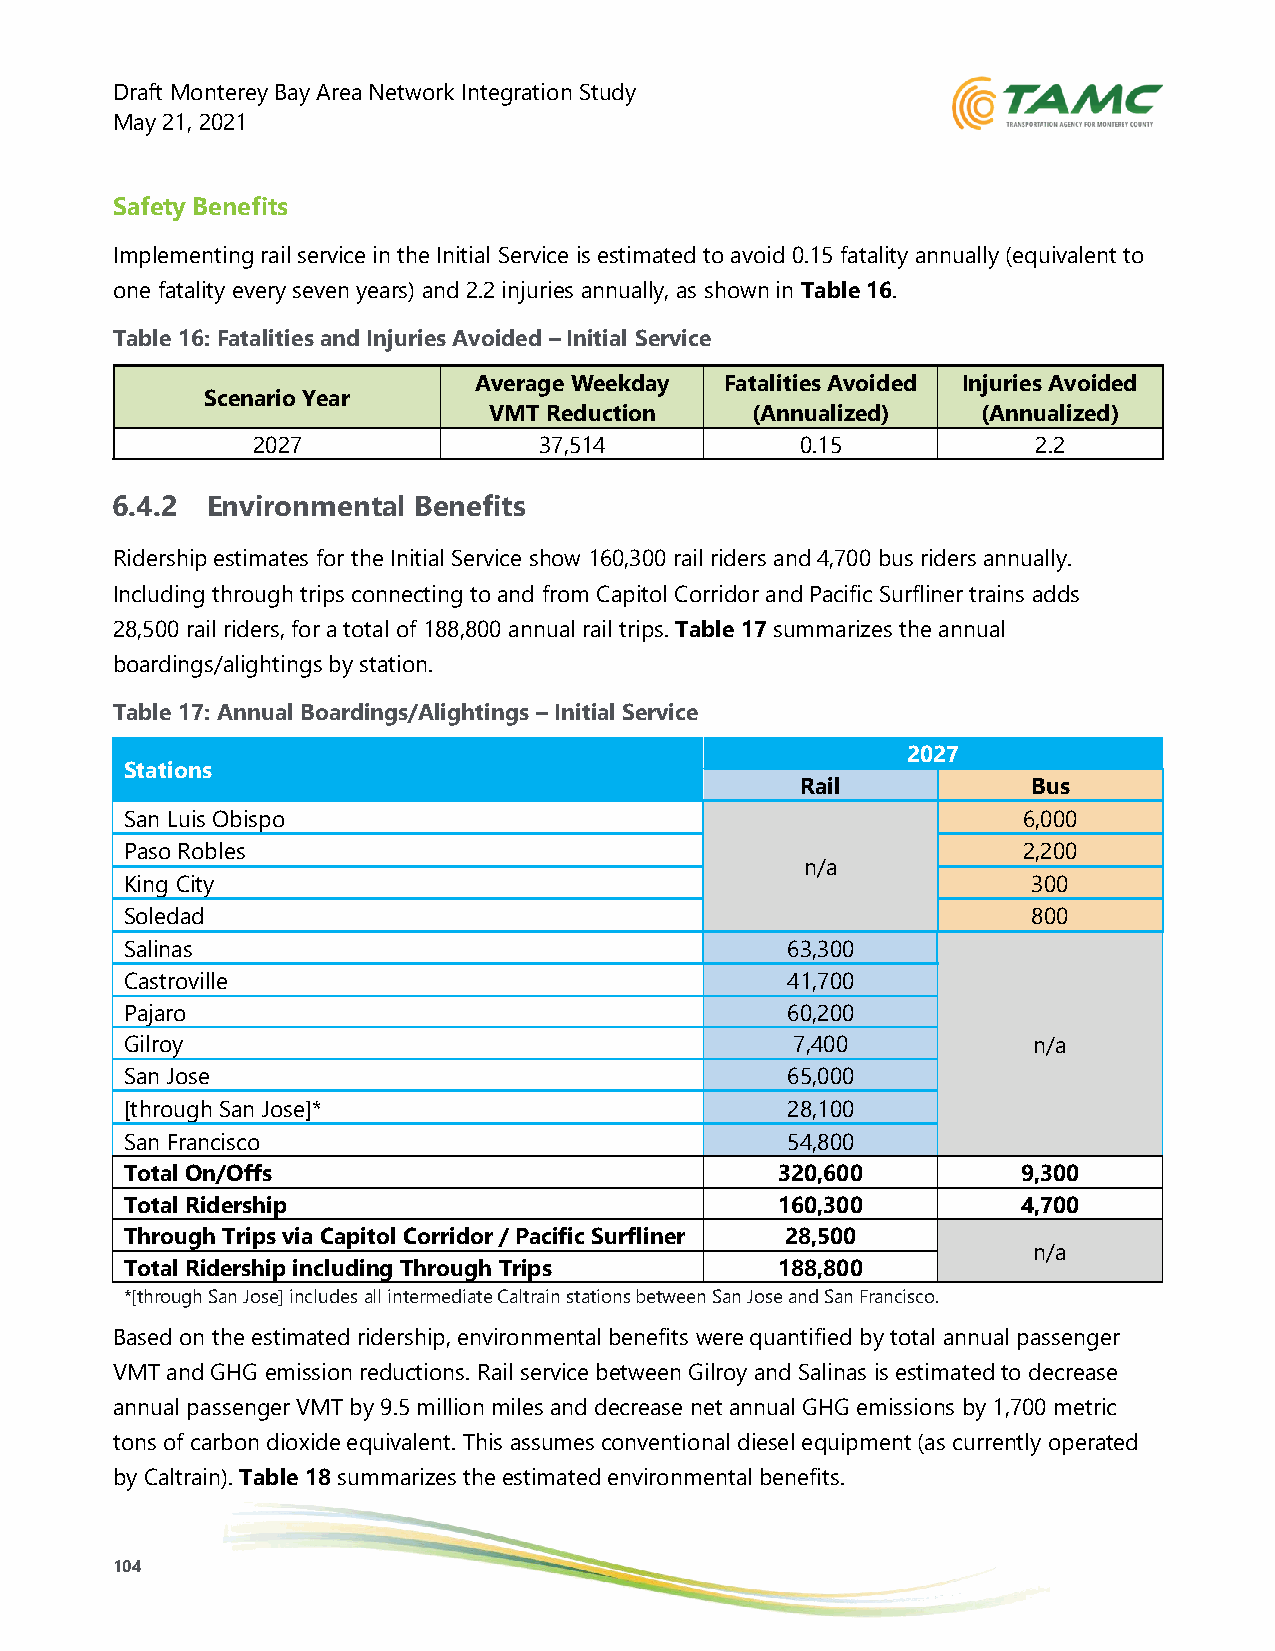
Draft Monterey Bay Area Network Integration Study
 May 21, 2021
 Safety Benefits
 Implementing rail service in the Initial Service is estimated to avoid 0.15 fatality annually (equivalent to
 one fatality every seven years) and 2.2 injuries annually, as shown in Table 16.
 Table 16: Fatalities and Injuries Avoided – Initial Service
 Average Weekday  Fatalities Avoided Injuries Avoided
 Scenario Year
 VMT Reduction     (Annualized)   (Annualized)
 2027               37,514           0.15            2.2
 6.4.2  Environmental Benefits
 Ridership estimates for the Initial Service show 160,300 rail riders and 4,700 bus riders annually.
 Including through trips connecting to and from Capitol Corridor and Pacific Surfliner trains adds
 28,500 rail riders, for a total of 188,800 annual rail trips. Table 17 summarizes the annual
 boardings/alightings by station.
 Table 17: Annual Boardings/Alightings – Initial Service
 2027
 Stations
 Rail           Bus
 San Luis Obispo                                             6,000
 Paso Robles                                                 2,200
 n/a
 King City                                                   300
 Soledad                                                     800
 Salinas                                     63,300
 Castroville                                 41,700
 Pajaro                                      60,200
 Gilroy                                       7,400          n/a
 San Jose                                    65,000
 [through San Jose]*                         28,100
 San Francisco                               54,800
 Total On/Offs                              320,600          9,300
 Total Ridership                            160,300          4,700
 Through Trips via Capitol Corridor / Pacific Surfliner 28,500
 n/a
 Total Ridership including Through Trips    188,800
 *[through San Jose] includes all intermediate Caltrain stations between San Jose and San Francisco.
 Based on the estimated ridership, environmental benefits were quantified by total annual passenger
 VMT and GHG emission reductions. Rail service between Gilroy and Salinas is estimated to decrease
 annual passenger VMT by 9.5 million miles and decrease net annual GHG emissions by 1,700 metric
 tons of carbon dioxide equivalent. This assumes conventional diesel equipment (as currently operated
 by Caltrain). Table 18 summarizes the estimated environmental benefits.
 104